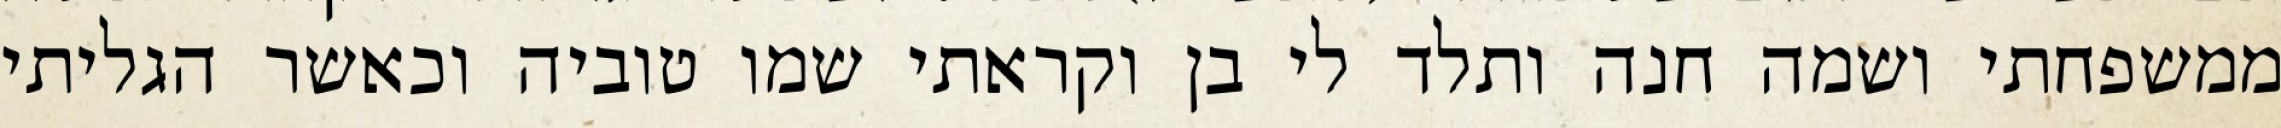
ממשפחתי ושמה חנה ותלד לי בן וקראתי שמו טוביה וכאשר הגליתי